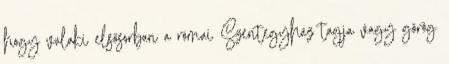
hogy valaki elsősorban a római Szentegyház tagja vagy görög